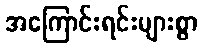
အကြောင်းရင်းများစွာ